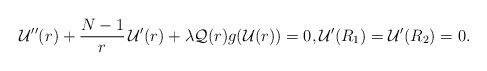
\begin{align*}{\mathcal{U}}''(r) + \dfrac{N-1}{r} \, {\mathcal{U}}'(r) + \lambda {\mathcal{Q}}(r) g({\mathcal{U}}(r)) = 0,{\mathcal{U}}'(R_{1}) = {\mathcal{U}}'(R_{2}) = 0.\end{align*}